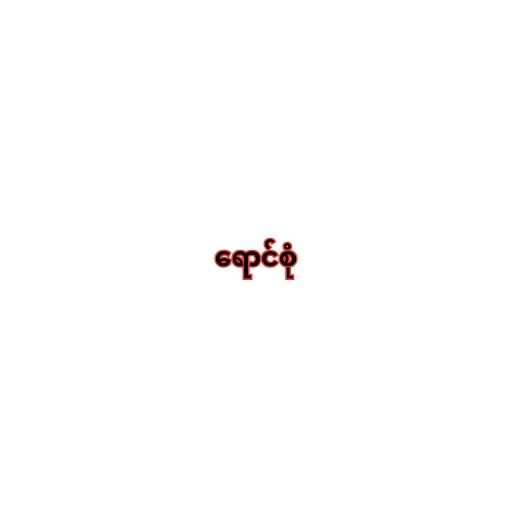
ရောင်စုံ